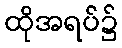
ထိုအရပ်၌